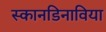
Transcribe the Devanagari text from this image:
स्कानडिनाविया